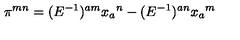
\pi ^ { m n } = ( E ^ { - 1 } ) ^ { a m } x _ { a } { } ^ { n } - ( E ^ { - 1 } ) ^ { a n } x _ { a } { } ^ { m }